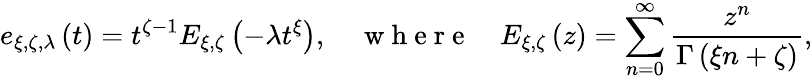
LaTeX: e_{\xi,\zeta,\lambda}\left(t\right)=t^{\zeta-1}E_{\xi,\zeta}\left(-\lambda t^{\xi}\right),\quad\mathrm{~w~h~e~r~e~}\quad E_{\xi,\zeta}\left(z\right)=\sum_{n=0}^{\infty}\frac{z^{n}}{\Gamma\left(\xi n+\zeta\right)},